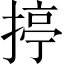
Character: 揨